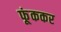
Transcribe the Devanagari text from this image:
फूंककर